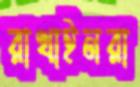
রাখাইনরা